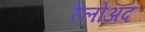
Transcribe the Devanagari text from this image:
रेलोअद